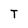
Character: T